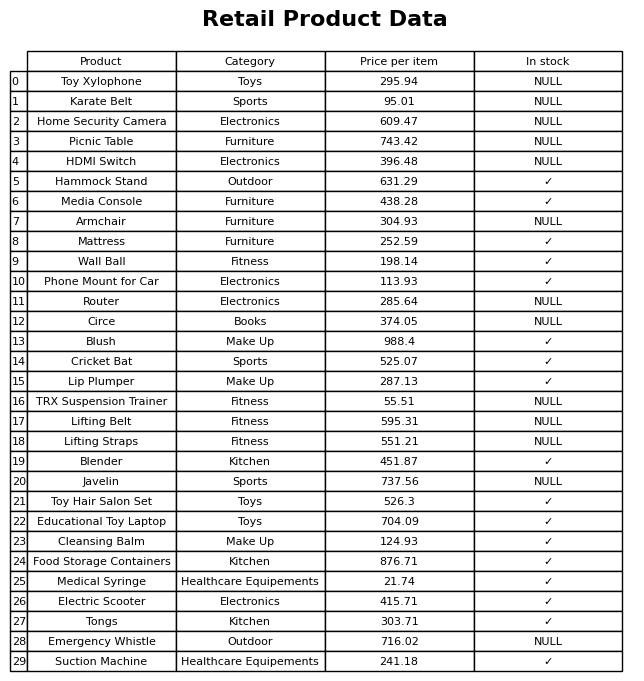
question: What is the price of the Home Security Camera?
answer: The price of Home Security Camera is 609.47.